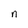
Character: n